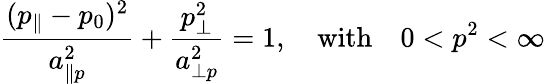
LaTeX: \frac{(p_{\| }-p_{0})^{2}}{a_{\| p}^{2}}+\frac{p_{\perp}^{2}}{a_{\perp p}^{2}}=1,\quad\mathrm{with}\quad 0<p^{2}<\infty